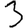
Digit: 3